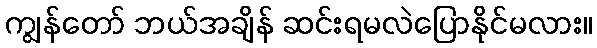
ကျွန်တော် ဘယ်အချိန် ဆင်းရမလဲပြောနိုင်မလား။